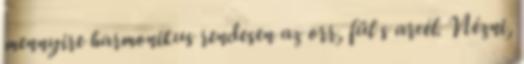
mennyire harmonikus rendesen az orr, fül s arcél. Nézni,